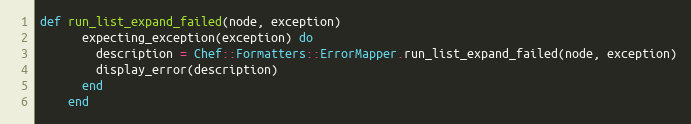
Language: Ruby
def run_list_expand_failed(node, exception)
      expecting_exception(exception) do
        description = Chef::Formatters::ErrorMapper.run_list_expand_failed(node, exception)
        display_error(description)
      end
    end